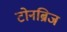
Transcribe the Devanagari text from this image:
टोनब्रिज